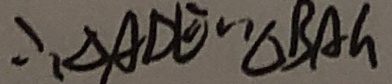
\therefore \Delta A D E \sim \Delta B A G